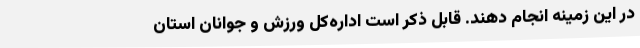
در این زمینه انجام دهند. قابل ذکر است اداره‌کل ورزش و جوانان استان